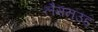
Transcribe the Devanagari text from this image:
लैमनउड